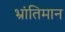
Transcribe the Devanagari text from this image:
भ्रांतिमान